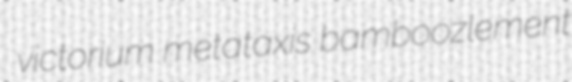
victorium metataxis bamboozlement